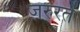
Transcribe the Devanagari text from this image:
जरुरतें